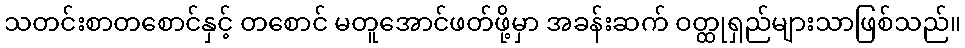
သတင်းစာတစောင်နှင့် တစောင် မတူအောင်ဖတ်ဖို့မှာ အခန်းဆက် ဝတ္ထုရှည်များသာဖြစ်သည်။